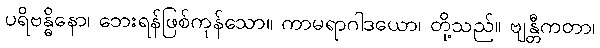
ပရိဗန္ဓိနော၊ ဘေးရန်ဖြစ်ကုန်သော။ ကာမရာဂါဒယော၊ တို့သည်။ ဗျန္တီကတာ၊